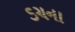
ડચના